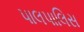
પાલપાલિસ